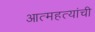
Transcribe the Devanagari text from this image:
आत्महत्यांची